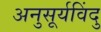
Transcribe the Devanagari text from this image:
अनुसूर्यविंदु